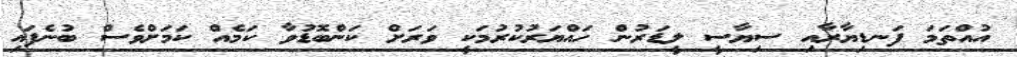
އުއްތަމަ ފަނޑިޔާރާއި ސިޔާސީ ލީޑަރުން ހައްޔަރުކުރުމަކީ ވަރަށް ކަންބޮޑުވާ ކަމެއް ކަމަށްވެސް ބުނެފައި